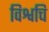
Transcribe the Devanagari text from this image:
विश्वचि